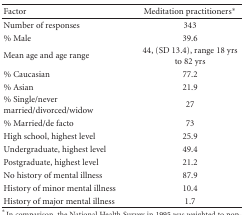
<table><thead><tr><td><b>Factor</b></td><td><b>Meditation practitioners*</b></td></tr></thead><tbody><tr><td>Number of responses</td><td>343</td></tr><tr><td>% Male</td><td>39.6</td></tr><tr><td>Mean age and age range</td><td>44, (SD 13.4), range 18 yrs to 82 yrs</td></tr><tr><td>% Caucasian</td><td>77.2</td></tr><tr><td>% Asian</td><td>21.9</td></tr><tr><td>% Single/never married/divorced/widow</td><td>27</td></tr><tr><td>% Married/de facto</td><td>73</td></tr><tr><td>High school, highest level</td><td>25.9</td></tr><tr><td>Undergraduate, highest level</td><td>49.4</td></tr><tr><td>Postgraduate, highest level</td><td>21.2</td></tr><tr><td>No history of mental illness</td><td>87.9</td></tr><tr><td>History of minor mental illness</td><td>10.4</td></tr><tr><td>History of major mental illness</td><td>1.7</td></tr></tbody></table>